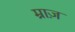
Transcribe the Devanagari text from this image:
म्राज़